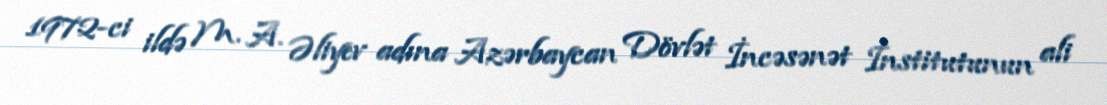
1972-ci ildə M. A. Əliyev adına Azərbaycan Dövlət İncəsənət İnstitutunun ali